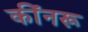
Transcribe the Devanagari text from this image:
कींनरू